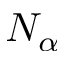
N _ { \alpha }